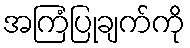
အကြံပြုချက်ကို